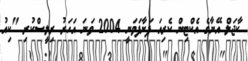
ކާޖަލް އޭނާގެ އެކްޓިން ކެރިއަ ފަށާފަވަނީ 2004 ވަނަ އަހަރު ރިލީސްކުރި "ކިއު